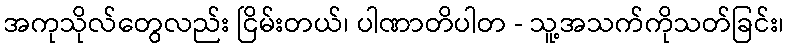
အကုသိုလ်တွေလည်း ငြိမ်းတယ်၊ ပါဏာတိပါတ - သူ့အသက်ကိုသတ်ခြင်း၊